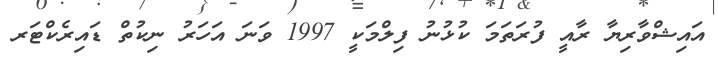
އައިޝްވާރިޔާ ރާއީ ފުރަތަމަ ކުޅުނު ފިލްމަކީ 1997 ވަނަ އަހަރު ނިކުތް ޑައިރެކްޓަރ